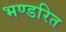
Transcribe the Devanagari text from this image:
भण्डरित